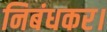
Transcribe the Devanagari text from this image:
निबंधकर।